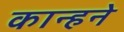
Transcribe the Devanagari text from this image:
कान्हने